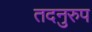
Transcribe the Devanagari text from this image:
तदनुरुप